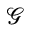
\mathcal { G }